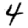
Digit: 4